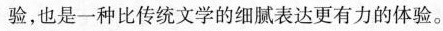
验,也是一种比传统文学的细腻表达更有力的体验。